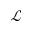
\mathcal { L }